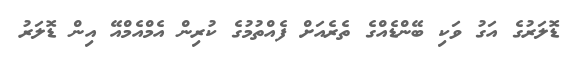
ޑޮލަރުގެ އަގު ވަކި ބޭންޑެއްގެ ތެރެއަށް ފެއްތުމުގެ ކުރިން އެމްއެމްއޭ އިން ޑޮލަރު